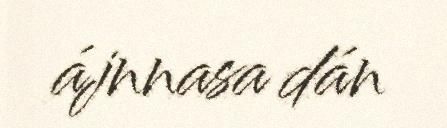
ájnnasa dán